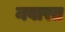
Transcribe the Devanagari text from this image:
नवारत